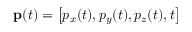
\mathbf { p } ( t ) = \left[ p _ { x } ( t ) , p _ { y } ( t ) , p _ { z } ( t ) , t \right]